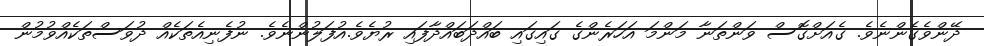
ދޭންވެގެންނެވެ. ގެއަށްގޮސް ވަންތަނާ މަންމަ އަހަރެންގެ ގައިގައި ބައްދަބައްދާފައި ރުޔެވެ.އުފަލުންނެވެ. ނުފެނިއެތަކެއް ދުވަސްތަކެއްވުމުން